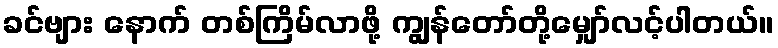
ခင်ဗျား နောက် တစ်ကြိမ်လာဖို့ ကျွန်တော်တို့မျှော်လင့်ပါတယ်။